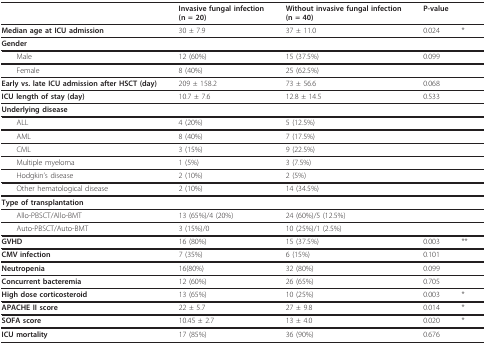
<table><thead><tr><td></td><td><b>Invasive fungal infection(n = 20)</b></td><td><b>Without invasive fungal infection(n = 40)</b></td><td colspan="2"><b>P-value</b></td></tr></thead><tbody><tr><td><b>Median age at ICU admission</b></td><td>30 ± 7.9</td><td>37 ± 11.0</td><td>0.024</td><td>*</td></tr><tr><td colspan="5"><b>Gender</b></td></tr><tr><td> Male</td><td>12 (60%)</td><td>15 (37.5%)</td><td>0.099</td><td></td></tr><tr><td> Female</td><td>8 (40%)</td><td>25 (62.5%)</td><td></td><td></td></tr><tr><td><b>Early vs. late ICU admission after HSCT (day)</b></td><td>209 ± 158.2</td><td>73 ± 56.6</td><td>0.068</td><td></td></tr><tr><td><b>ICU length of stay (day)</b></td><td>10.7 ± 7.6</td><td>12.8 ± 14.5</td><td>0.533</td><td></td></tr><tr><td colspan="5"><b>Underlying disease</b></td></tr><tr><td> ALL</td><td>4 (20%)</td><td>5 (12.5%)</td><td></td><td></td></tr><tr><td> AML</td><td>8 (40%)</td><td>7 (17.5%)</td><td></td><td></td></tr><tr><td> CML</td><td>3 (15%)</td><td>9 (22.5%)</td><td></td><td></td></tr><tr><td> Multiple myeloma</td><td>1 (5%)</td><td>3 (7.5%)</td><td></td><td></td></tr><tr><td> Hodgkin&#x27;s disease</td><td>2 (10%)</td><td>2 (5%)</td><td></td><td></td></tr><tr><td> Other hematological disease</td><td>2 (10%)</td><td>14 (34.5%)</td><td></td><td></td></tr><tr><td colspan="5"><b>Type of transplantation</b></td></tr><tr><td> Allo-PBSCT/Allo-BMT</td><td>13 (65%)/4 (20%)</td><td>24 (60%)/5 (12.5%)</td><td></td><td></td></tr><tr><td> Auto-PBSCT/Auto-BMT</td><td>3 (15%)/0</td><td>10 (25%)/1 (2.5%)</td><td></td><td></td></tr><tr><td><b>GVHD</b></td><td>16 (80%)</td><td>15 (37.5%)</td><td>0.003</td><td>**</td></tr><tr><td><b>CMV infection</b></td><td>7 (35%)</td><td>6 (15%)</td><td>0.101</td><td></td></tr><tr><td><b>Neutropenia</b></td><td>16(80%)</td><td>32 (80%)</td><td>0.099</td><td></td></tr><tr><td><b>Concurrent bacteremia</b></td><td>12 (60%)</td><td>26 (65%)</td><td>0.705</td><td></td></tr><tr><td><b>High dose corticosteroid</b></td><td>13 (65%)</td><td>10 (25%)</td><td>0.003</td><td>*</td></tr><tr><td><b>APACHE II score</b></td><td>22 ± 5.7</td><td>27 ± 9.8</td><td>0.014</td><td>*</td></tr><tr><td><b>SOFA score</b></td><td>10.45 ± 2.7</td><td>13 ± 4.0</td><td>0.020</td><td>*</td></tr><tr><td><b>ICU mortality</b></td><td>17 (85%)</td><td>36 (90%)</td><td>0.676</td><td></td></tr></tbody></table>